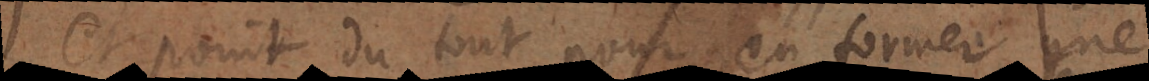
et point du tout pour en former une